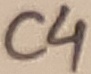
Text: C4